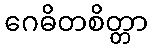
ဂေဓိတစိတ္တာ